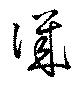
譏